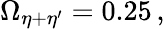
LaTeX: \Omega_{\eta+\eta^{\prime}}=0.25\, ,